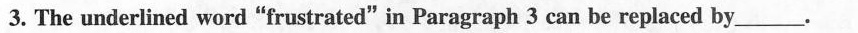
3. The underlined word"frustrated"in Paragraph 3 can be replaced by___.